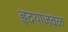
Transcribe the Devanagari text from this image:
हृदयाजवळ